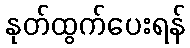
နုတ်ထွက်ပေးရန်